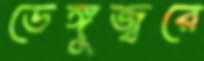
ডেঙ্গুজ্বরে